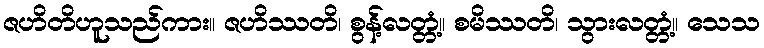
ဇဟိတိဟူသည်ကား။ ဇဟိဿတိ၊ စွန့်လတ္တံ့။ စမိဿတိ၊ သွားလတ္တံ့။ သေသ